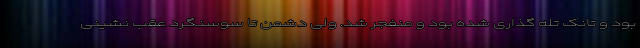
بود و تانک تله گذاری شده بود و منفجر شد. ولی دشمن تا سوسنگرد عقب نشینی